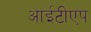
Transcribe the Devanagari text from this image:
आईटीएप